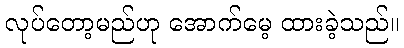
လုပ်တော့မည်ဟု အောက်မေ့ ထားခဲ့သည်။